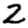
Digit: 2